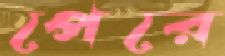
পেরে